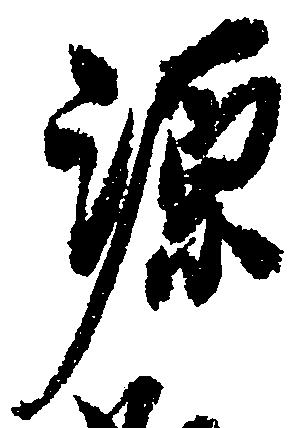
源